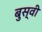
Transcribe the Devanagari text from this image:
बुस्वी